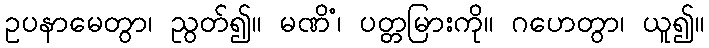
ဥပနာမေတွာ၊ ညွတ်၍။ မဏိံ၊ ပတ္တမြားကို။ ဂဟေတွာ၊ ယူ၍။